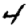
Digit: 4